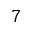
7